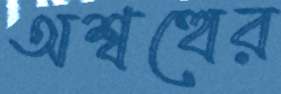
অশ্বত্থের